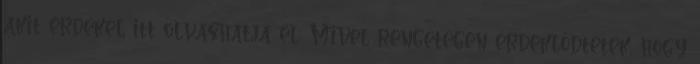
akit érdekel itt olvashatja el: Mivel rengetegen érdeklődtetek, hogy